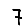
Digit: 7